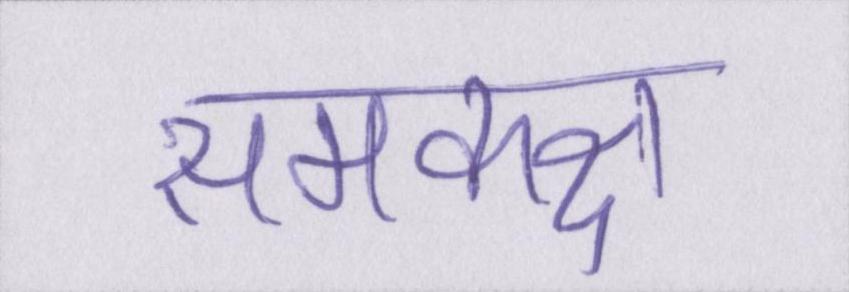
समकक्ष